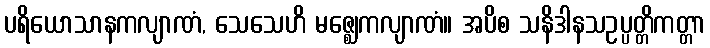
ပရိယောသာနကလျာဏံ, သေသေဟိ မဇ္ဈေကလျာဏံ။ အပိစ သနိဒါနသဥပ္ပတ္တိကတ္တာ